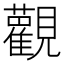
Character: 𫟜